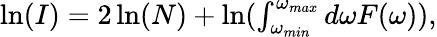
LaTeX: \begin{array}{r}{\ln(I)=2\ln(N)+\ln(\int_{\omega_{min}}^{\omega_{max}}d\omega F(\omega)),}\end{array}